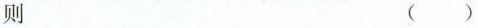
则 ( )